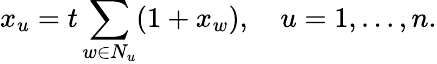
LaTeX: x_{u}=t\sum_{w\in N_{u}}(1+x_{w}),\quad u=1,\ldots,n.